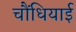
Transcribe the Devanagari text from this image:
चौंधियाई